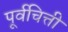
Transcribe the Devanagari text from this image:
पूर्वचित्ती